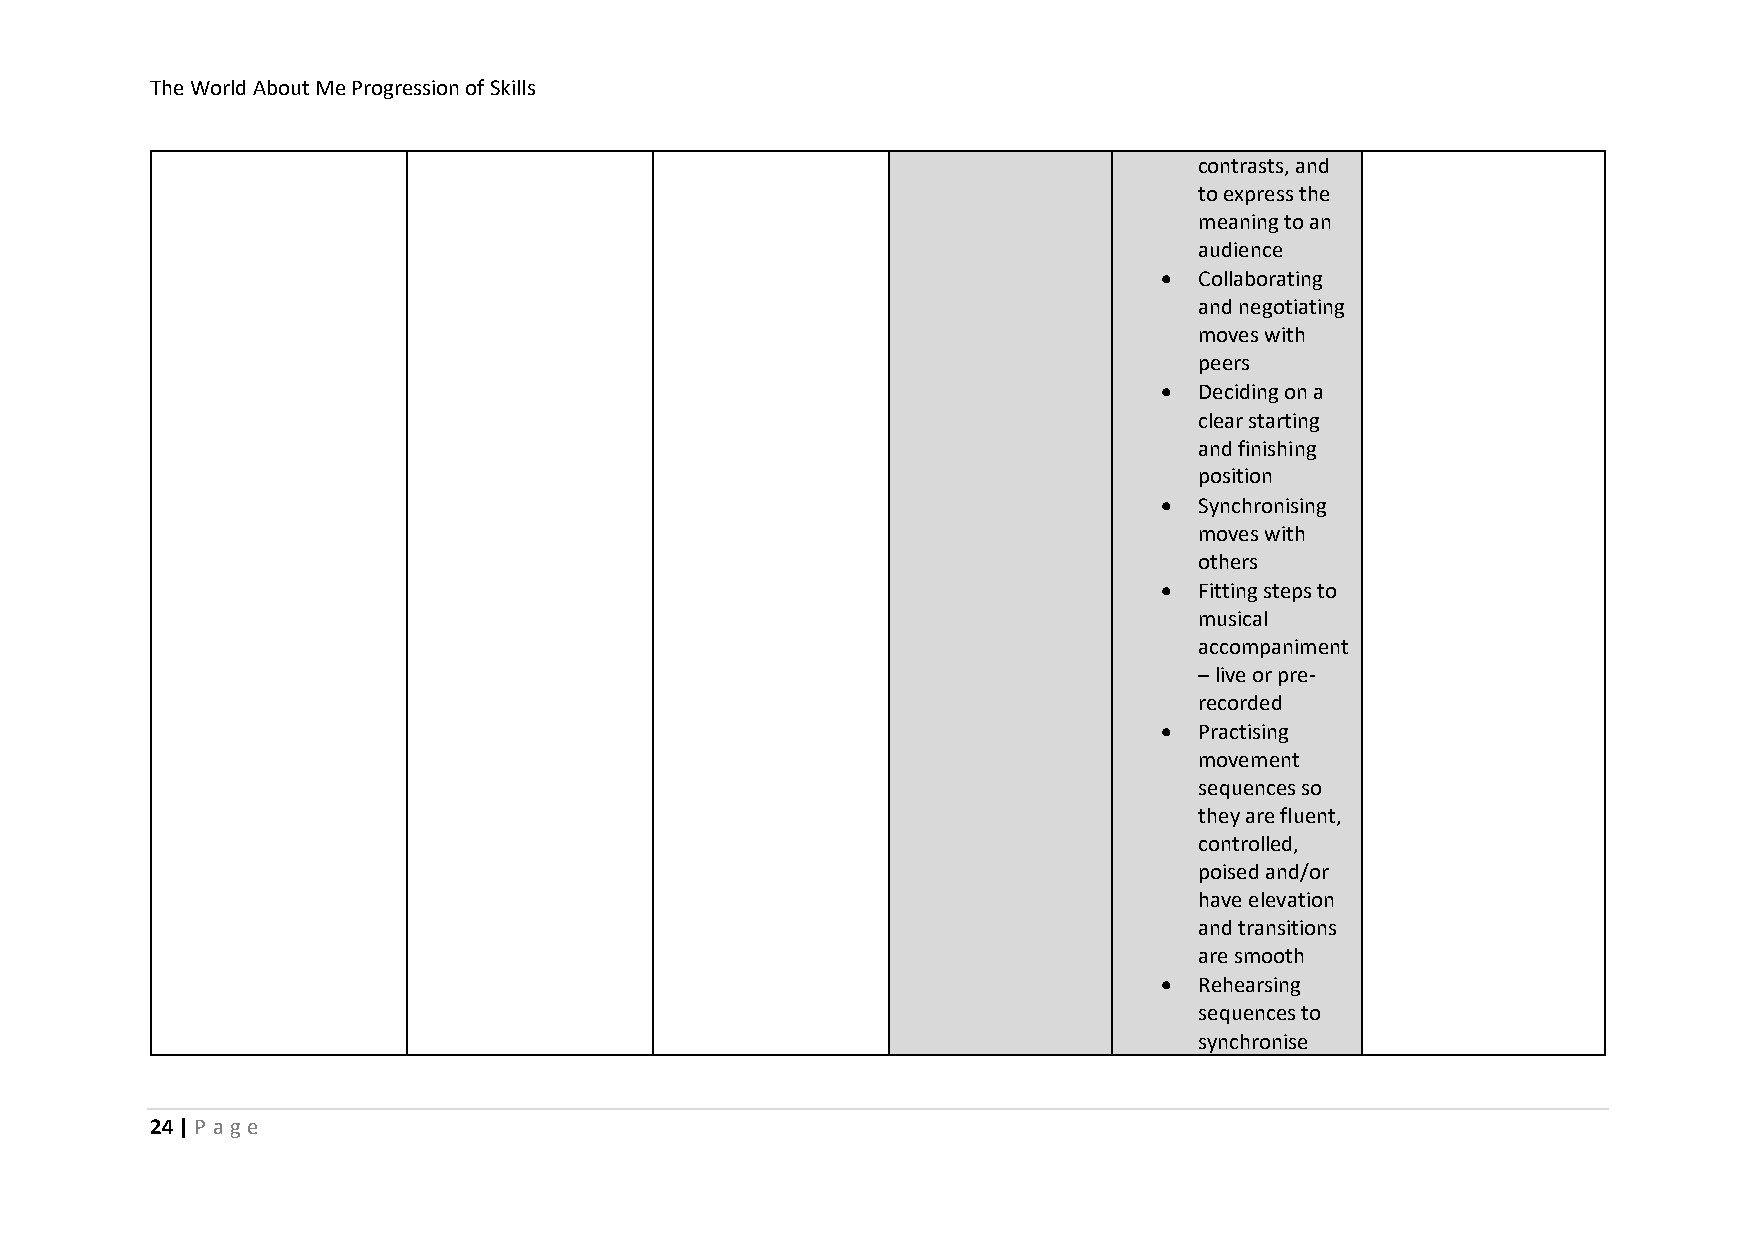
The World About Me Progression of Skills
 contrasts, and
 to express the
 meaning to an
 audience
 • Collaborating
 and negotiating
 moves with
 peers
 • Deciding on a
 clear starting
 and finishing
 position
 • Synchronising
 moves with
 others
 • Fitting steps to
 musical
 accompaniment
 – live or pre-
 recorded
 • Practising
 movement
 sequences so
 they are fluent,
 controlled,
 poised and/or
 have elevation
 and transitions
 are smooth
 • Rehearsing
 sequences to
 synchronise
 24 | P ag e